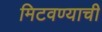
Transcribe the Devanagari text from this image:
मिटवण्याची